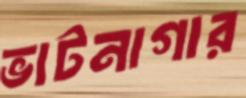
ভাটনাগার